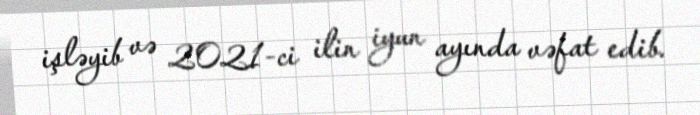
işləyib və 2021-ci ilin iyun ayında vəfat edib.